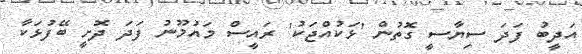
އަދީބު ފަދަ ސިޔާސީ ގޮތުން 'ޅަކުއްޖަކު' ރައީސް މައުމޫނު ފަދަ ދޮށީ ބޭފުޅަކާ